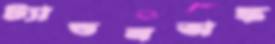
ট্যান্ডনঅঙ্ক